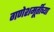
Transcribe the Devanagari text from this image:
गणेशमूर्तीच्या